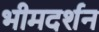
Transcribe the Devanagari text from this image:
भीमदर्शन